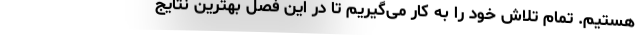
هستیم. تمام تلاش خود را به کار می‌گیریم تا در این فصل بهترین نتایج